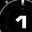
Digit: 1